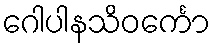
ဂေါပါနသိဝင်္ကော